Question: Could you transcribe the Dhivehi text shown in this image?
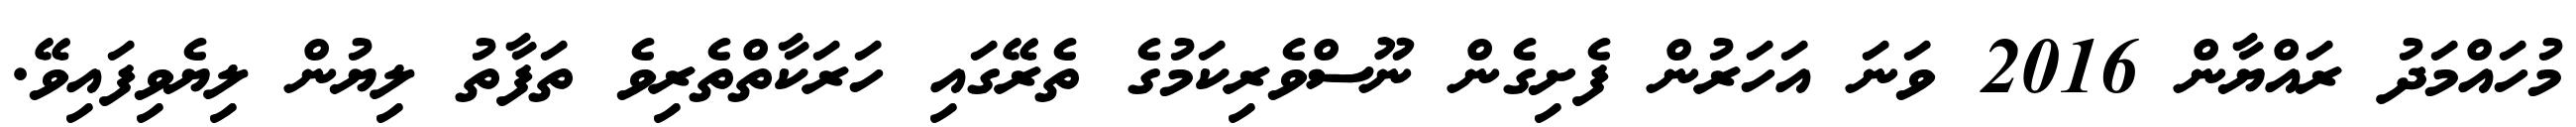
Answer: މުހައްމަދު ރައްޔާން 2016 ވަނަ އަހަރުން ފެށިގެން ނޫސްވެރިކަމުގެ ތެރޭގައި ހަރަކާތްތެރިވެ ތަފާތު ލިޔުން ލިޔެވިފައިވޭ.